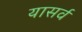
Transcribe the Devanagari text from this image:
यासर्व